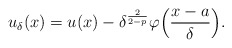
\begin{align*} u_\delta(x) = u (x) - \delta^\frac{2}{2 - p} \varphi \Bigl(\frac{x - a}{\delta} \Bigr).\end{align*}